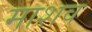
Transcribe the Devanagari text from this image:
माशव